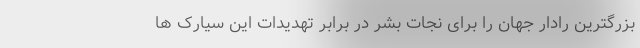
بزرگترین رادار جهان را برای نجات بشر در برابر تهدیدات این سیارک ها